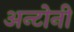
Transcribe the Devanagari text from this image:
अन्टोनी